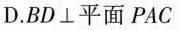
D.BD \bot 平面PAC